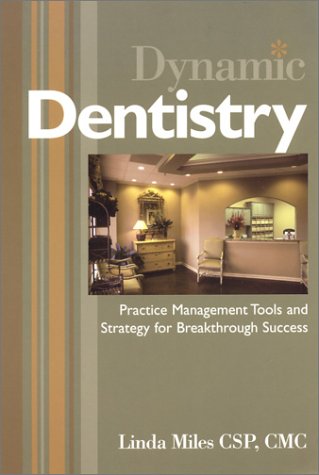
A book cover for Dynamic Dentistry; Linda Miles; Business & Money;